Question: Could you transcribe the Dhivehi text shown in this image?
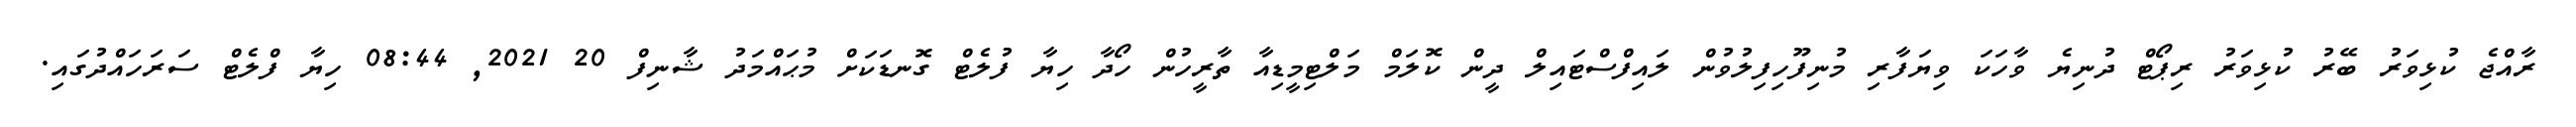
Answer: ރާއްޖެ ކުޅިވަރު ބޭރު ކުޅިވަރު ރިޕޯޓް ދުނިޔެ ވާހަކަ ވިޔަފާރި މުނިފޫހިފިލުވުން ލައިފްސްޓައިލް ދީން ކޮލަމް މަލްޓިމީޑިއާ ތާރީހުން ހޯދާ ހިޔާ ފުލެޓް ގޮނޑަކަށް މުޙައްމަދު ޝާނިފް 20 2021, 08:44 ހިޔާ ފްލެޓް ސަރަހައްދުގައި.